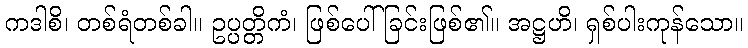
ကဒါစိ၊ တစ်ရံတစ်ခါ။ ဥပ္ပတ္တိကံ၊ ဖြစ်ပေါ်ခြင်းဖြစ်၏။ အဋ္ဌဟိ၊ ရှစ်ပါးကုန်သော။